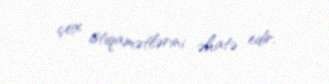
çox istiqamətlərini əhatə edir.